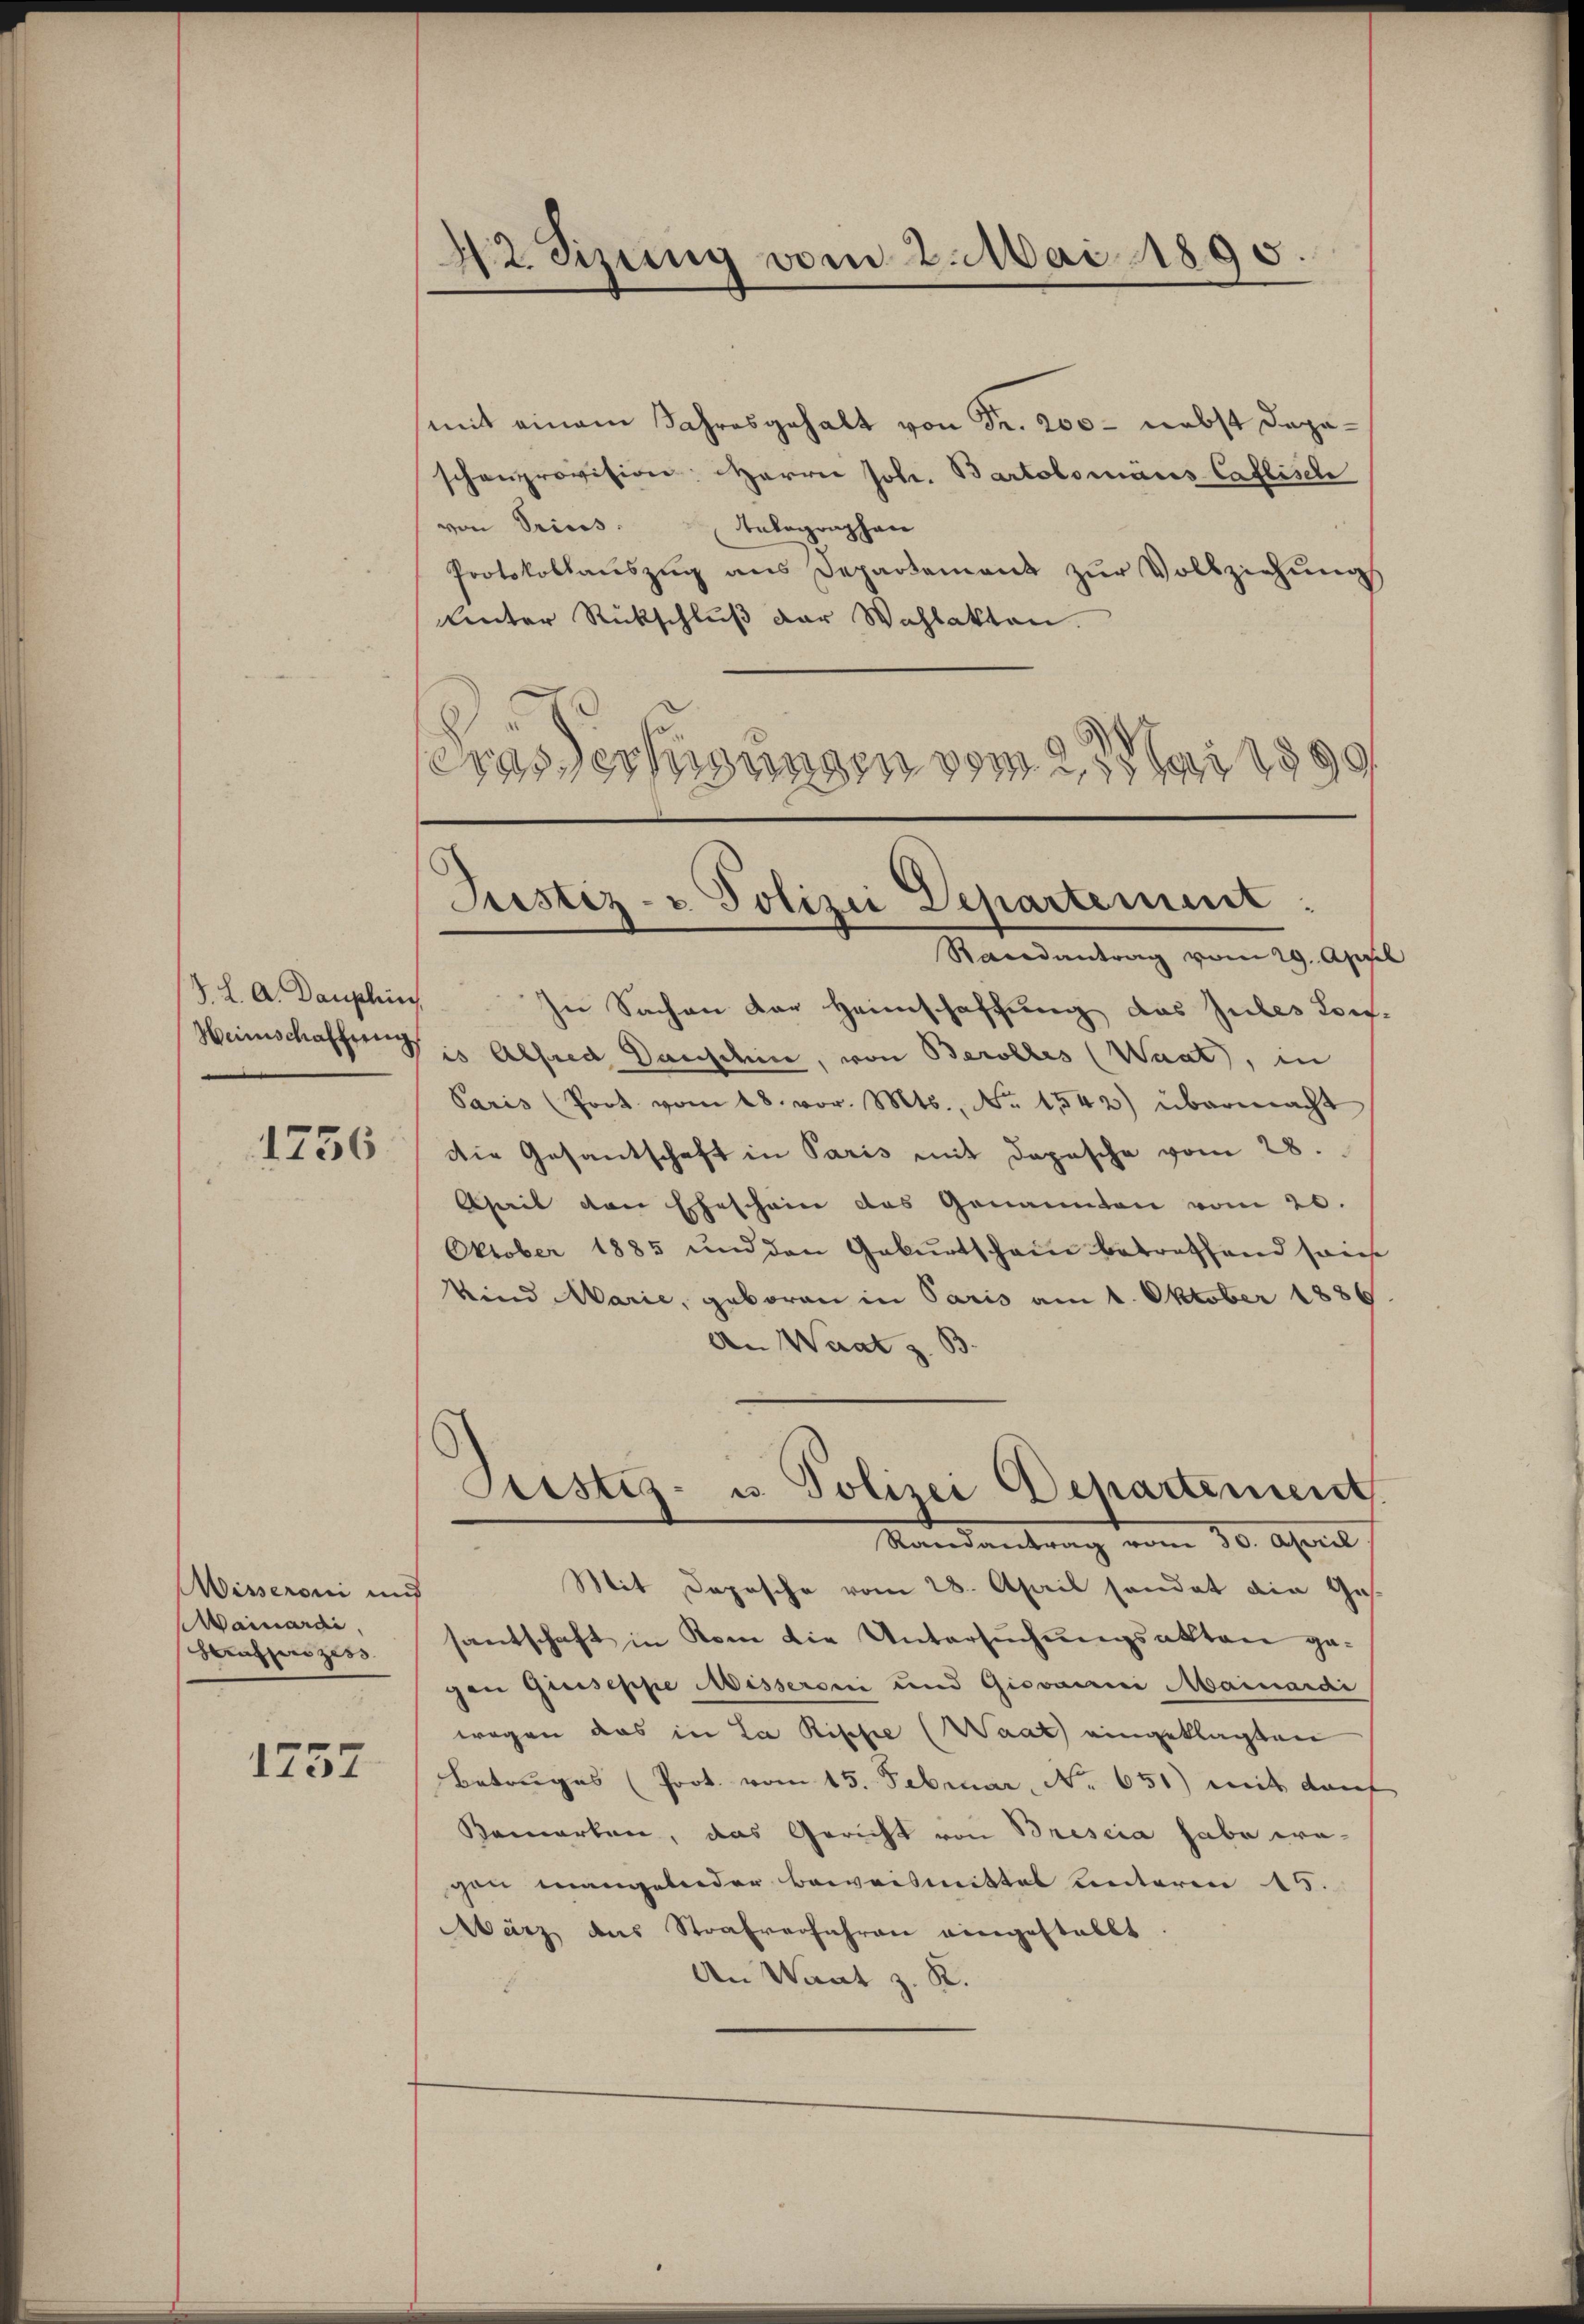
J. L. A. Dauphin
1756

Wisseroni und
ainardi,
Strafprozess

1737

42 Sizung vom 2. Mai 1895

mit einem Jahresgehalt von Fr. 200 - nebst dageschenprovision: Herrn Joh. Bartolomäus Caflisch
von Prius Telegraphen
Protokollauszug aus Departement zur Vollziehungs
Unter Rückschlŭβ der Wahlakten.
erassessungen vom 21 ai 1899

Justiz- & Polizei Departement:

Gustiz- u. Polizei Departement

Randantrag vom 29. April
In Sachen der Heimschaffung das Jubes Torf-
Heimschaffend es Alfred Dachdein, von Berolles (Waat, in
Paris (Poot. vom 18. vor. Mts., Nr. 1542) übermacht
die Gesantschaft in Paris mit Depesche vom 28.
April den Eheschein das Genannten vom 20.
Oktober 1885 und den Geburtschain betreffend sons
Vnnd Marie, geboren in Paris am 1. Oktober 1886.
An Waat z. B.
Randantrag vom 30. April
Mit Depesche vom 28. April handet die Ges.
santschaft in Rom die Untersuchungsakten gegen Quiseppe Misseroni und Giovarii Mainardi
wegen das in La Rische (Waat) eingeklagten
Betruges (Prot. vom 15. Februar, No. 651) mit darf
Bemarken, das Gericht von Brescia habe wegen mangelnder Beweismittel unteren 15.
März aus Strafverfahren eingestallt
An Want z. K.